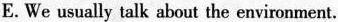
E. We usually talk about the environment.